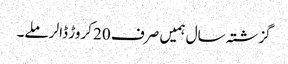
گزشتہ سال ہمیں صرف 20 کروڑ ڈالر ملے۔